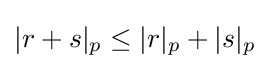
|r+s|_{p}\leq |r|_{p}+|s|_{p}